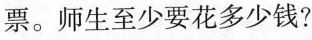
票。师生至少要花多少钱?